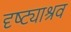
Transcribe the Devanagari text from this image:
दृष्ट्याश्रव